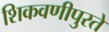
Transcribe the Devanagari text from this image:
शिकवणीपुरते